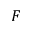
F